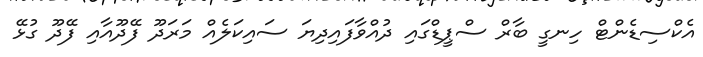
އެކްސިޑެންޓް ހިނގީ ބާރް ސްޕީޑްގައި ދުއްވާފައިދިޔަ ސައިކަލެއް މަރަދޫ ފޭދޫއާއި ފޭދޫ ގުޅޭ